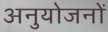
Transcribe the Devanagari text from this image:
अनुयोजनों